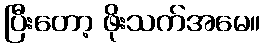
ပြီးတော့ ဖိုးသက်အမေ။